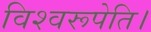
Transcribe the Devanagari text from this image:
विश्वरूपेति।